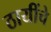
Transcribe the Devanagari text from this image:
ठायींचे